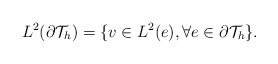
\begin{align*}\begin{aligned}&L^2(\partial\mathcal{T}_h)=\{v\in L^2(e),\forall e\in\partial\mathcal{T}_h\}.\end{aligned}\end{align*}